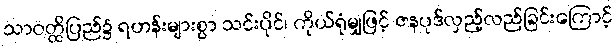
သာဝတ္ထိပြည်၌ ရဟန်းများစွာ သင်းပိုင်၊ ကိုယ်ရုံမျှဖြင့် ဇနပုဒ်လှည့်လည်ခြင်းကြောင့်